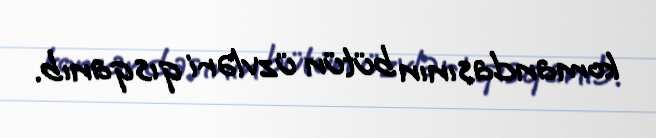
komandasının bütün üzvləri qısqanıb.